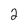
Character: 2